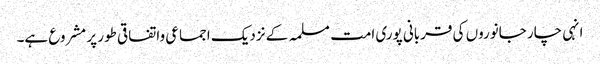
انہی چار جانوروں کی قربانی پوری امت مسلمہ کے نزدیک اجماعی واتفاقی طور پر مشروع ہے۔